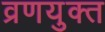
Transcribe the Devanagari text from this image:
व्रणयुक्त